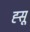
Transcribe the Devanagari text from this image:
ह्सू